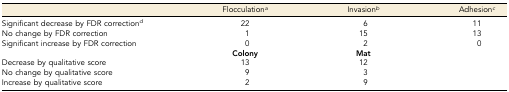
<table><thead><tr><td></td><td><b>Flocculation<i><sup>a</sup></i></b></td><td><b>Invasion<i><sup>b</sup></i></b></td><td><b>Adhesion<i><sup>c</sup></i></b></td></tr></thead><tbody><tr><td>Significant decrease by FDR correction<i><sup>d</sup></i></td><td>22</td><td>6</td><td>11</td></tr><tr><td>No change by FDR correction</td><td>1</td><td>15</td><td>13</td></tr><tr><td>Significant increase by FDR correction</td><td>0</td><td>2</td><td>0</td></tr><tr><td></td><td><b>Colony</b></td><td><b>Mat</b></td><td></td></tr><tr><td>Decrease by qualitative score</td><td>13</td><td>12</td><td></td></tr><tr><td>No change by qualitative score</td><td>9</td><td>3</td><td></td></tr><tr><td>Increase by qualitative score</td><td>2</td><td>9</td><td></td></tr></tbody></table>